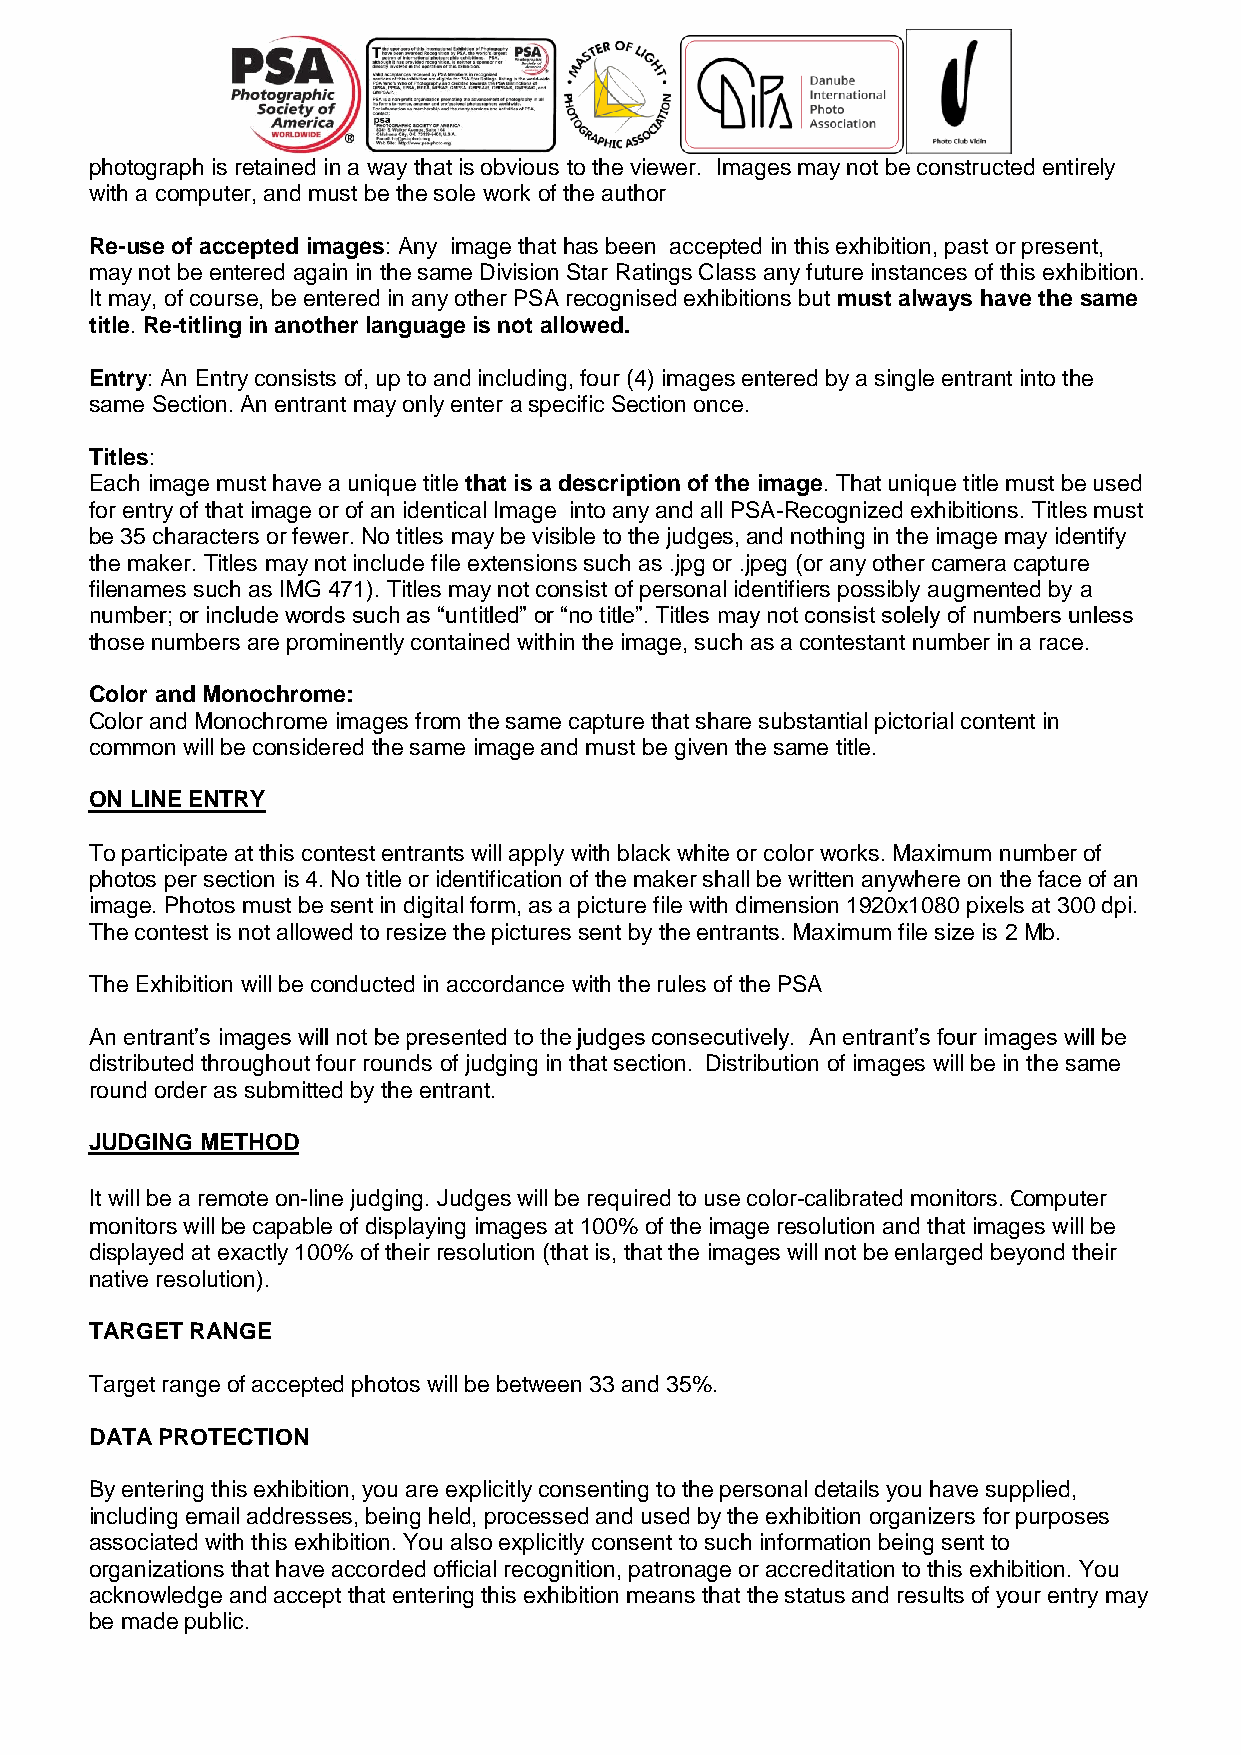
photograph is retained in a way that is obvious to the viewer. Images may not be constructed entirely
 with a computer, and must be the sole work of the author
 Re-use of accepted images: Any image that has been accepted in this exhibition, past or present,
 may not be entered again in the same Division Star Ratings Class any future instances of this exhibition.
 It may, of course, be entered in any other PSA recognised exhibitions but must always have the same
 title. Re-titling in another language is not allowed.
 Entry: An Entry consists of, up to and including, four (4) images entered by a single entrant into the
 same Section. An entrant may only enter a specific Section once.
 Titles:
 Each image must have a unique title that is a description of the image. That unique title must be used
 for entry of that image or of an identical Image into any and all PSA-Recognized exhibitions. Titles must
 be 35 characters or fewer. No titles may be visible to the judges, and nothing in the image may identify
 the maker. Titles may not include file extensions such as .jpg or .jpeg (or any other camera capture
 filenames such as IMG 471). Titles may not consist of personal identifiers possibly augmented by a
 number; or include words such as “untitled” or “no title”. Titles may not consist solely of numbers unless
 those numbers are prominently contained within the image, such as a contestant number in a race.
 Color and Monochrome:
 Color and Monochrome images from the same capture that share substantial pictorial content in
 common will be considered the same image and must be given the same title.
 ON LINE ENTRY
 To participate at this contest entrants will apply with black white or color works. Maximum number of
 photos per section is 4. No title or identification of the maker shall be written anywhere on the face of an
 image. Photos must be sent in digital form, as a picture file with dimension 1920x1080 pixels at 300 dpi.
 The contest is not allowed to resize the pictures sent by the entrants. Maximum file size is 2 Mb.
 The Exhibition will be conducted in accordance with the rules of the PSA
 An entrant’s images will not be presented to the judges consecutively. An entrant’s four images will be
 distributed throughout four rounds of judging in that section. Distribution of images will be in the same
 round order as submitted by the entrant.
 JUDGING METHOD
 It will be a remote on-line judging. Judges will be required to use color-calibrated monitors. Computer
 monitors will be capable of displaying images at 100% of the image resolution and that images will be
 displayed at exactly 100% of their resolution (that is, that the images will not be enlarged beyond their
 native resolution).
 TARGET RANGE
 Target range of accepted photos will be between 33 and 35%.
 DATA PROTECTION
 By entering this exhibition, you are explicitly consenting to the personal details you have supplied,
 including email addresses, being held, processed and used by the exhibition organizers for purposes
 associated with this exhibition. You also explicitly consent to such information being sent to
 organizations that have accorded official recognition, patronage or accreditation to this exhibition. You
 acknowledge and accept that entering this exhibition means that the status and results of your entry may
 be made public.